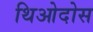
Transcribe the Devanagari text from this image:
थिओदोस